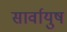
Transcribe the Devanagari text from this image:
सार्वायुष